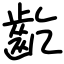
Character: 齕